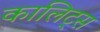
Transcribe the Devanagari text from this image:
कालिट्स